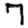
Digit: 7